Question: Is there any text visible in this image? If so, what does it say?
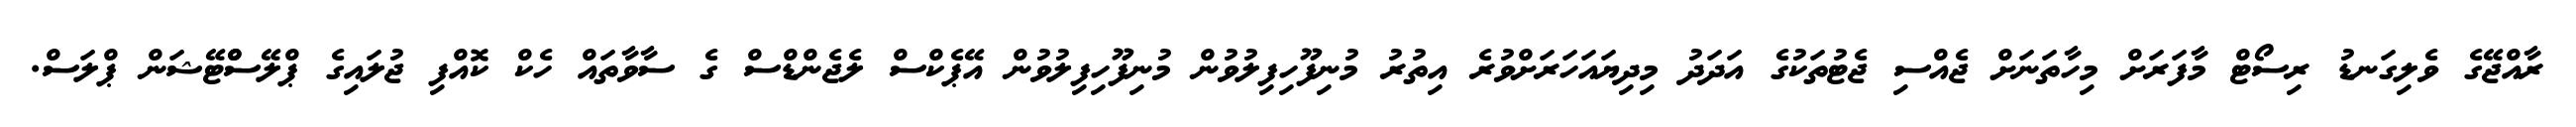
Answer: ރާއްޖޭގެ ވެލިގަނޑު ރިސޯޓް މާފަރަށް މިހާތަނަށް ޖެއްސި ޖެޓުތަކުގެ އަދަދު މިދިޔައަހަރަށްވުރެ އިތުރު މުނިފޫހިފިލުވުން މުނިފޫހިފިލުވުން އޭޕެކްސް ލެޖެންޑްސް ގެ ސާވާތައް ހެކް ކޮއްފި ޖުލައިގެ ޕްލޭސްްޓޭޝަން ޕްލަސް.